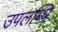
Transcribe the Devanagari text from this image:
उपलब्धि